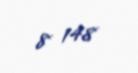
8 148